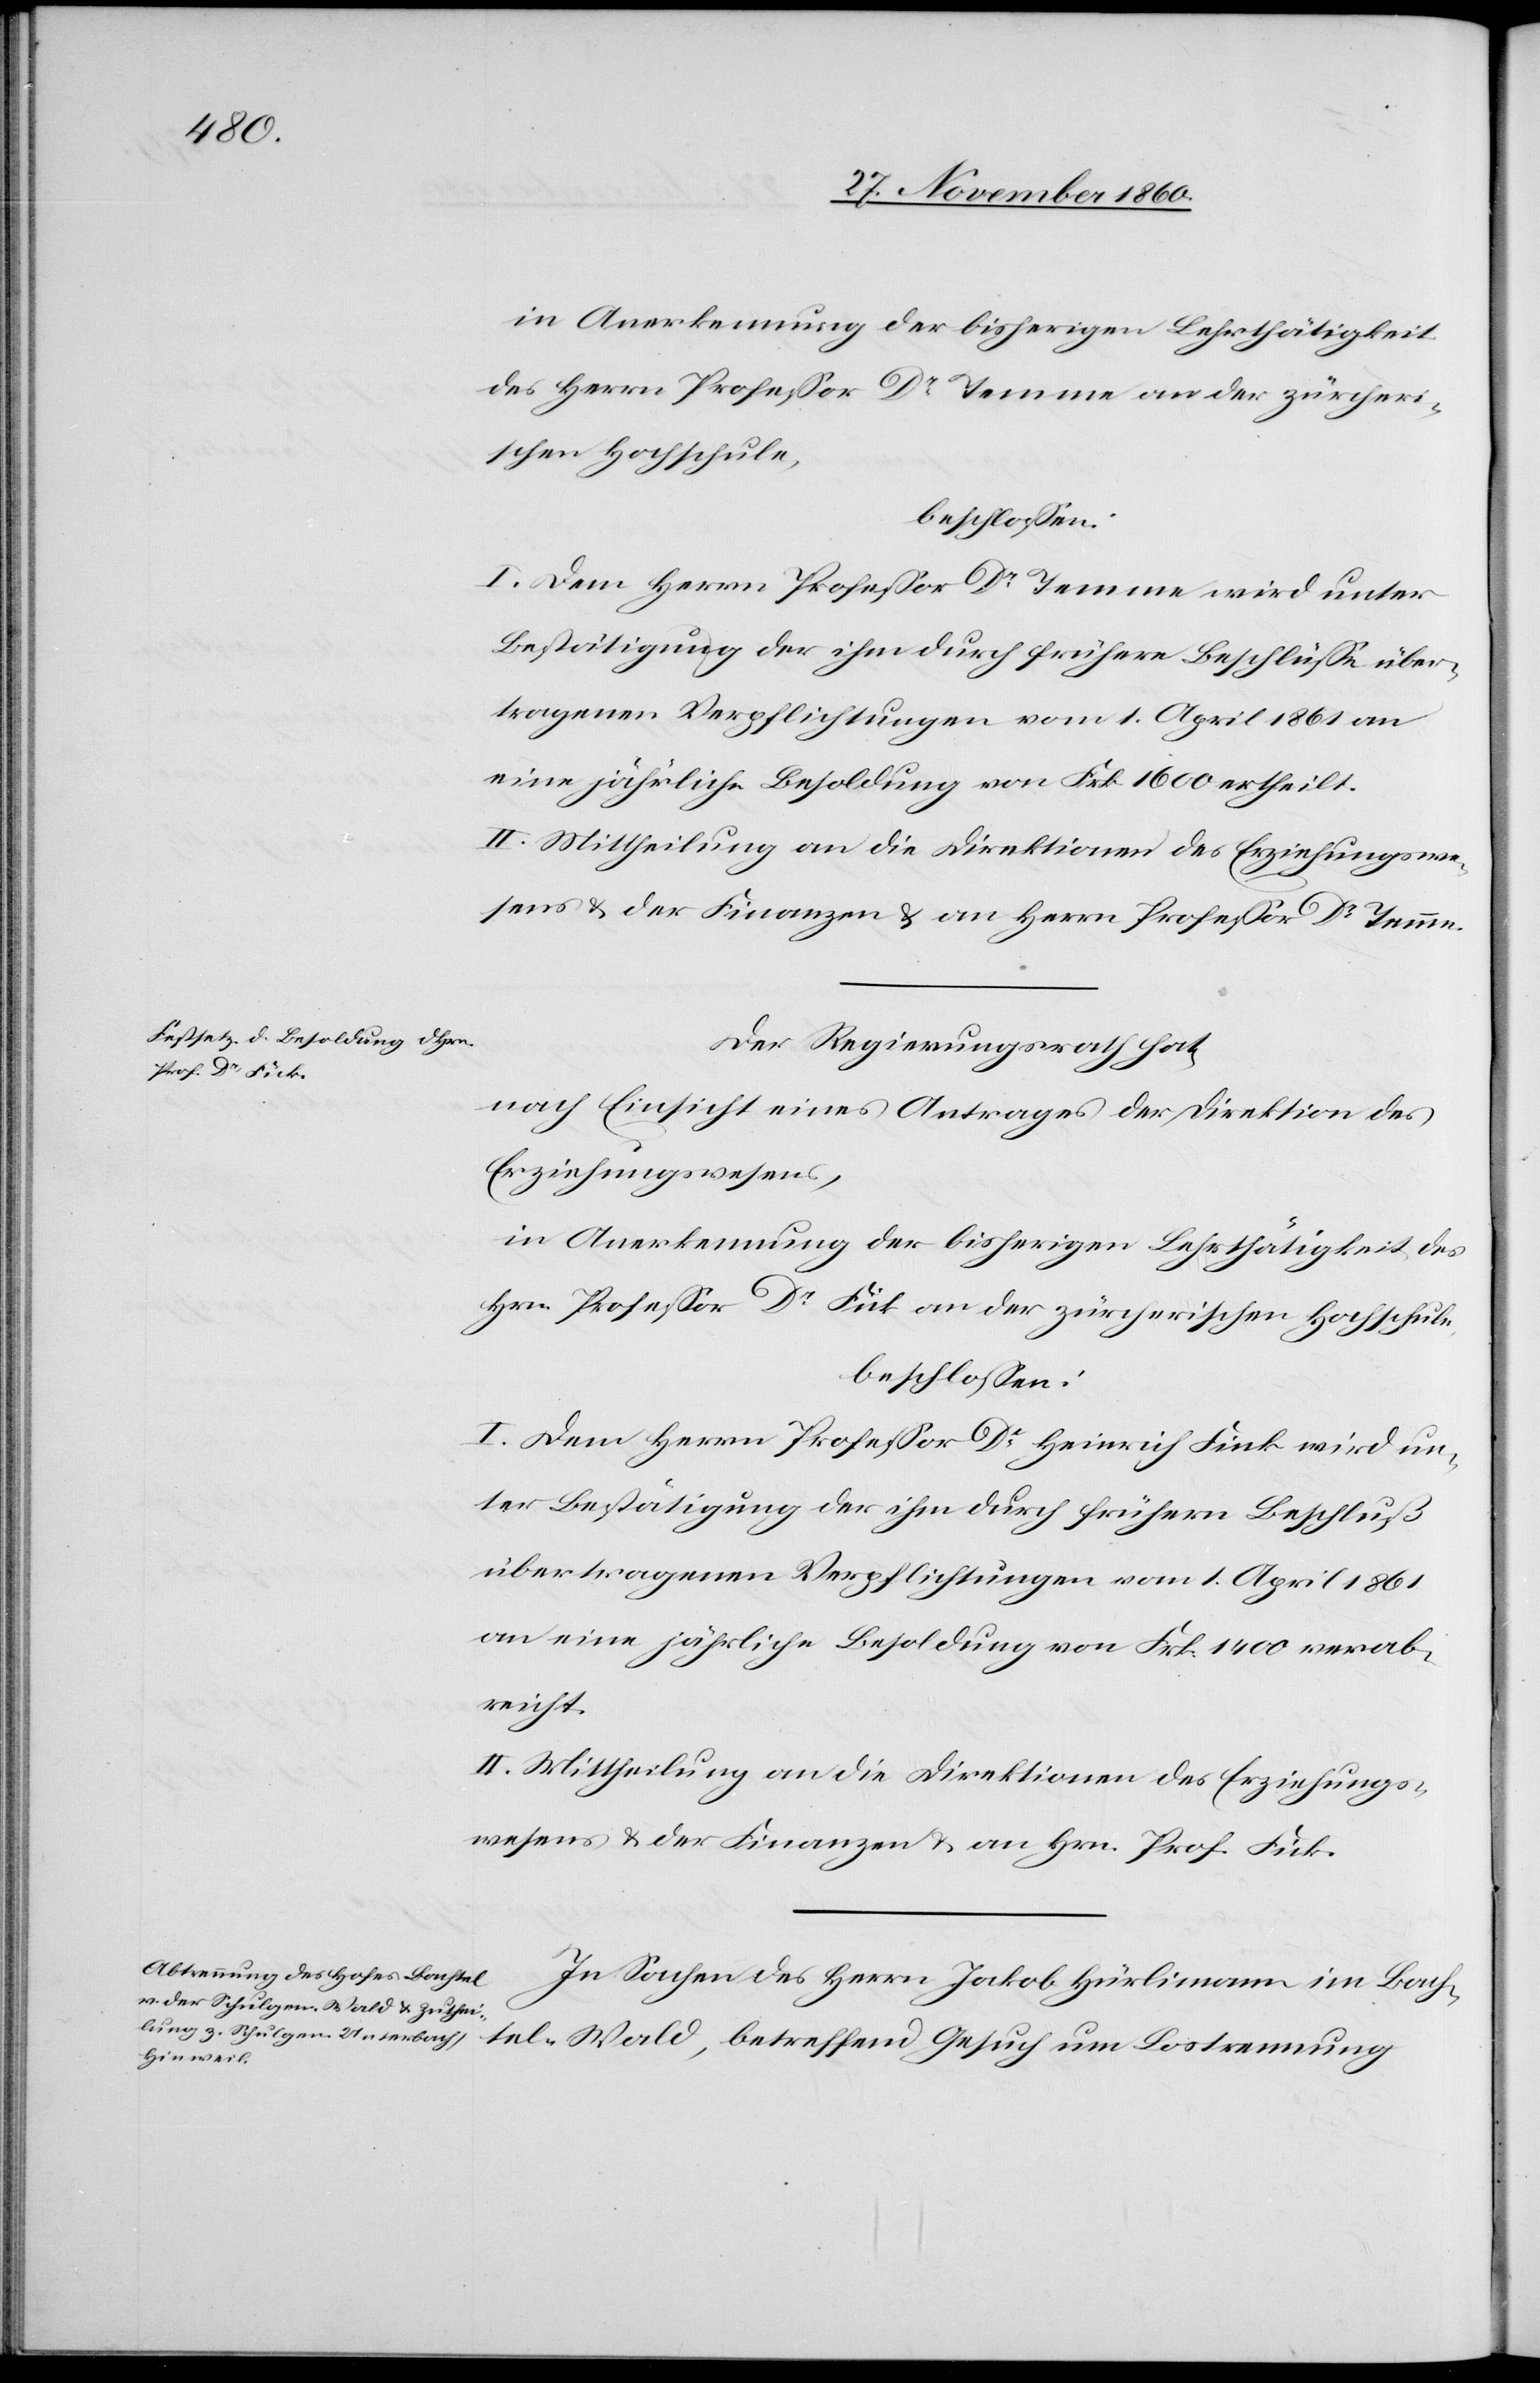
in Anerkennung der bisherigen Lehrthätigkeit
des Herrn Professor Dr Temme an der zürcheri¬
schen Hochschule,
beschlossen:
I. Dem Herrn Professor Dr Temme wird unter
Bestätigung der ihm durch frühere Beschlüsse über¬
tragenen Verpflichtungen vom 1. April 1861 an
eine jährliche Besoldung von Frk. 1600 ertheilt.
II. Mittheilung an die Direktionen des Erziehungswe¬
sens u. der Finanzen u. an Herrn Professor Dr Temme.
Der Regierungsrath hat,
nach Einsicht eines Antrages der Direktion des
Erziehungswesens,
in Anerkennung der bisherigen Lehrthätigkeit des
Hrn. Professor Dr Fick an der zürcherischen Hochschule,
beschlossen:
I. Dem Herrn Professor Dr Heinrich Fink [sic!] wird un¬
ter Bestätigung der ihm durch frühern Beschluß
übertragenen Verpflichtungen am 1. April 1861
an eine jährliche Besoldung von Frk. 1400 verab¬
reicht.
II. Mittheilung an die Direktionen des Erziehungs¬
rathes u. der Finanzen u. an Hrn. Prof. Fick.
In Sachen des Herrn Jakob Hürlimann im Bach¬
tel-Wald, betreffend Gesuch um Lostrennung